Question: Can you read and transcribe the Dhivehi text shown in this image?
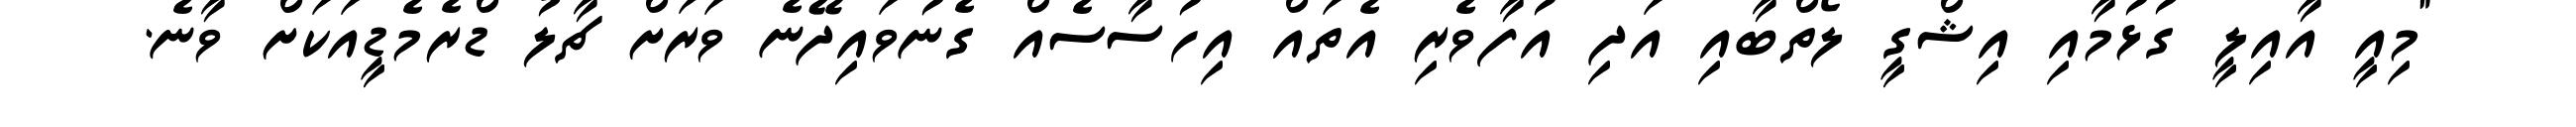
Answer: "މިއީ އާއިލީ ގުޅުމާއި އިޝްގީ ލޯތްބާއި އަދި އުފާވެރި އެތައް އިހުސާސެއް ގެނުވައިދޭނެ ވަރަށް ޗާލު ޑްރެމެޑީއަކަށް ވާނެ.